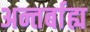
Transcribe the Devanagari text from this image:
अन्तर्बाह्य